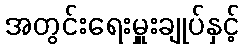
အတွင်းရေးမှူးချုပ်နှင့်